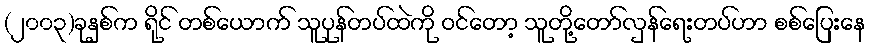
(၂၀၀၃)ခုနှစ်က ရိုင် တစ်ယောက် သူပုန်တပ်ထဲကို ဝင်တော့ သူတို့တော်လှန်ရေးတပ်ဟာ စစ်ပြေးနေ